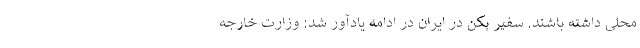
محلی داشته باشند. سفیر پکن در ایران در ادامه یادآور شد: وزارت خارجه